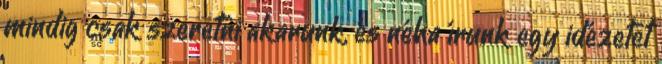
mindig csak szeretni akarunk, és néha írunk egy idézetet